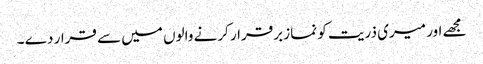
مجھے اور میری ذریت کو نماز برقرار کرنے والوں میں سے قرار دے ۔